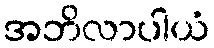
အဘိလာပါယံ